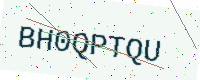
Text: BH0QPTQU